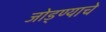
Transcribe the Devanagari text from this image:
जोड्ण्याचे